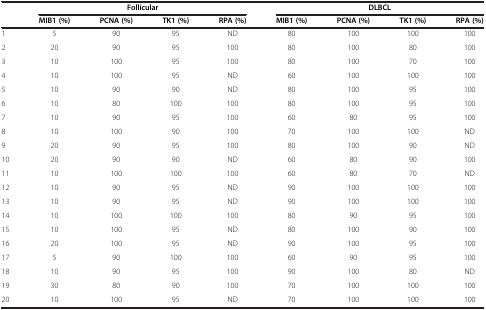
|  | <COLSPAN=4> Follicular | <COLSPAN=4> DLBCL |
 |  | MIB1 (%) | PCNA (%) | TK1 (%) | RPA (%) | MIB1 (%) | PCNA (%) | TK1 (%) | RPA (%) |
 | --- | --- | --- | --- | --- | --- | --- | --- | --- |
 | 1 | 5 | 90 | 95 | ND | 80 | 100 | 100 | 100 |
 | 2 | 20 | 90 | 95 | 100 | 80 | 100 | 80 | 100 |
 | 3 | 10 | 100 | 95 | 100 | 80 | 100 | 70 | 100 |
 | 4 | 10 | 100 | 95 | ND | 60 | 100 | 100 | 100 |
 | 5 | 10 | 90 | 90 | ND | 80 | 100 | 95 | 100 |
 | 6 | 10 | 80 | 100 | 100 | 80 | 100 | 95 | 100 |
 | 7 | 10 | 90 | 95 | 100 | 60 | 80 | 95 | 100 |
 | 8 | 10 | 100 | 90 | 100 | 70 | 100 | 100 | ND |
 | 9 | 20 | 90 | 95 | 100 | 80 | 100 | 90 | ND |
 | 10 | 20 | 90 | 90 | ND | 60 | 80 | 90 | 100 |
 | 11 | 10 | 100 | 100 | 100 | 60 | 80 | 70 | ND |
 | 12 | 10 | 90 | 95 | ND | 90 | 100 | 100 | 100 |
 | 13 | 10 | 90 | 95 | ND | 90 | 100 | 100 | 100 |
 | 14 | 10 | 100 | 100 | 100 | 80 | 90 | 95 | 100 |
 | 15 | 10 | 100 | 95 | ND | 80 | 100 | 90 | 100 |
 | 16 | 20 | 100 | 95 | ND | 90 | 100 | 95 | 100 |
 | 17 | 5 | 90 | 100 | 100 | 60 | 90 | 95 | 100 |
 | 18 | 10 | 90 | 95 | 100 | 90 | 100 | 80 | ND |
 | 19 | 30 | 80 | 90 | 100 | 70 | 100 | 100 | 100 |
 | 20 | 10 | 100 | 95 | ND | 70 | 100 | 100 | 100 |